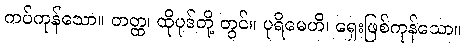
ကပ်ကုန်သော။ တတ္ထ၊ ထိုပုဒ်တို့ တွင်။ ပုရိမေဟိ၊ ရှေးဖြစ်ကုန်သော။